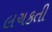
લચકતી